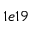
1 e 1 9